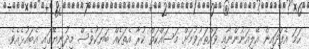
ހަމަ އެފަދައިން އޭލިއަނުންނާއި ވައްތަރުވުމަށް މަސައްކަތް ކުރާ އެތަކެއް ބަޔަކުވެސް މިދުނިޔޭގައި އެބައުޅެއެވެ.